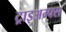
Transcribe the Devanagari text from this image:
ट्राइअम्फ्स